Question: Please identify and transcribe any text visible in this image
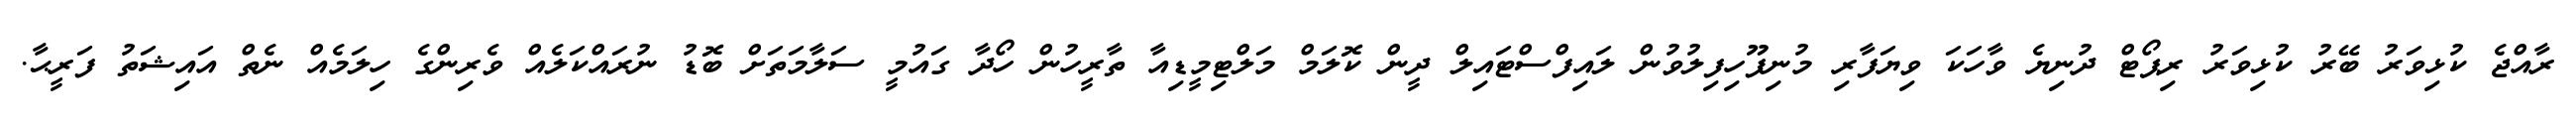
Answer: ރާއްޖެ ކުޅިވަރު ބޭރު ކުޅިވަރު ރިޕޯޓް ދުނިޔެ ވާހަކަ ވިޔަފާރި މުނިފޫހިފިލުވުން ލައިފްސްޓައިލް ދީން ކޮލަމް މަލްޓިމީޑިއާ ތާރީހުން ހޯދާ ގައުމީ ސަލާމަތަށް ބޮޑު ނުރައްކަލެއް ވެރިންގެ ހިލަމެއް ނެތް އައިޝަތު ފަރީޙާ.